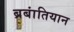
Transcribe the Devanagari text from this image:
ब्रबांतियान